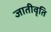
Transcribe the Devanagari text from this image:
जातीवृति